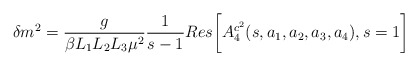
\begin{align*}\delta m^{2}=\frac{g}{\beta L_{1}L_{2}L_{3}\mu^{2}}\frac{1}{s-1}Res\biggl[A^{c^{2}}_{4}(s,a_{1},a_{2},a_{3},a_{4}),s=1\biggr]\end{align*}